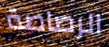
الرصاصة